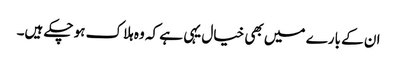
ان کے بارے میں بھی خیال یہی ہے کہ وہ ہلاک ہو چکے ہیں۔